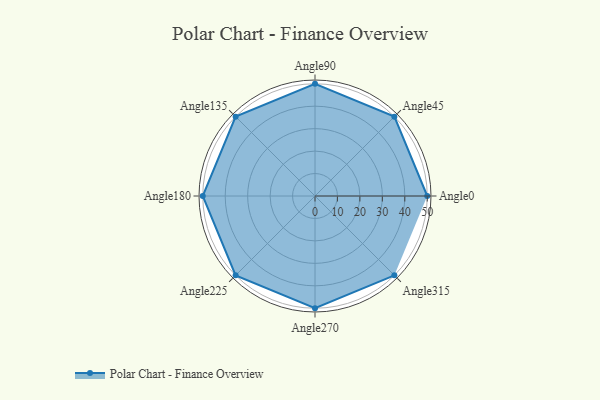
{"axis": {"x": "Angle", "y": "Radius"}, "legend": [""], "data": [{"x": "Angle0", "y": 50, "type": ""}, {"x": "Angle45", "y": 50, "type": ""}, {"x": "Angle90", "y": 50, "type": ""}, {"x": "Angle135", "y": 50, "type": ""}, {"x": "Angle180", "y": 50, "type": ""}, {"x": "Angle225", "y": 50, "type": ""}, {"x": "Angle270", "y": 50, "type": ""}, {"x": "Angle315", "y": 50, "type": ""}]}